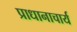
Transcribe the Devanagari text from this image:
प्राधानाचार्य